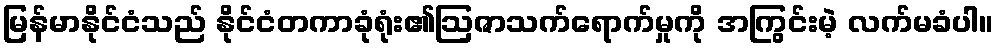
မြန်မာနိုင်ငံသည် နိုင်ငံတကာခုံရုံး၏ဩဇာသက်ရောက်မှုကို အကြွင်းမဲ့ လက်မခံပါ။